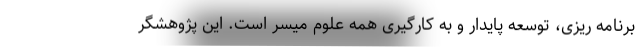
برنامه ریزی، توسعه پایدار و به کارگیری همه علوم میسر است. این پژوهشگر